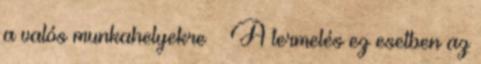
a valós munkahelyekre  A termelés ez esetben az